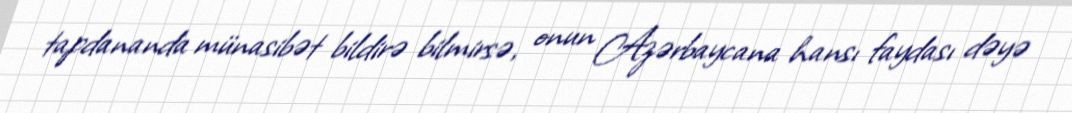
tapdananda münasibət bildirə bilmirsə, onun Azərbaycana hansı faydası dəyə